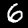
Label: 6